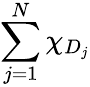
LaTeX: \sum_{j=1}^{N}\chi_{D_{j}}